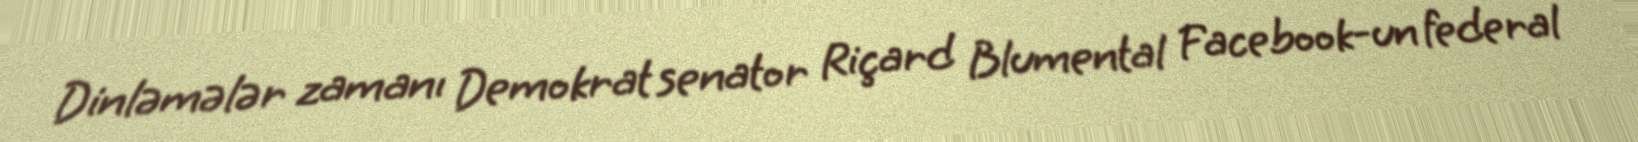
Dinləmələr zamanı Demokrat senator Riçard Blumental Facebook-un federal